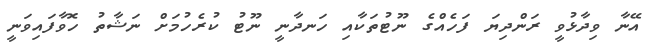
އޭނާ ވިދާޅުވީ ރަންދިޔަ ފަހެއްގެ ނޫޓުތަކާއި ހަނދާނީ ނޫޓު ކުރެހުމަށް ނަޝާތު ހޮވާފައިވަނީ